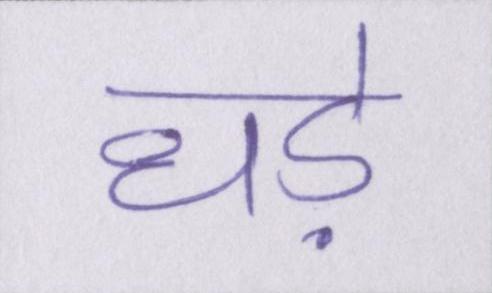
धड़े